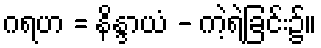
ဂရဟ = နိန္ဒာယံ - ကဲ့ရဲ့ခြင်း၌။